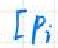
$[ P_{i}$